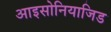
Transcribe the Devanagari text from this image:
आइसोनियाजिड